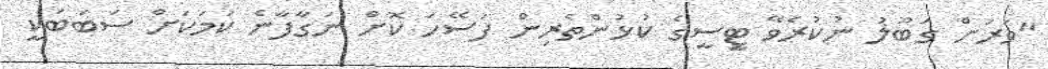
"ވަރަށް ގަބޫލު ނުކުރެވޭ ޓީސީގެ ކުޅުންތެރިން ފަސޭހަ ކޮށް ނަގާފާނެ ކަމަކަށް ސަބަބަކީ